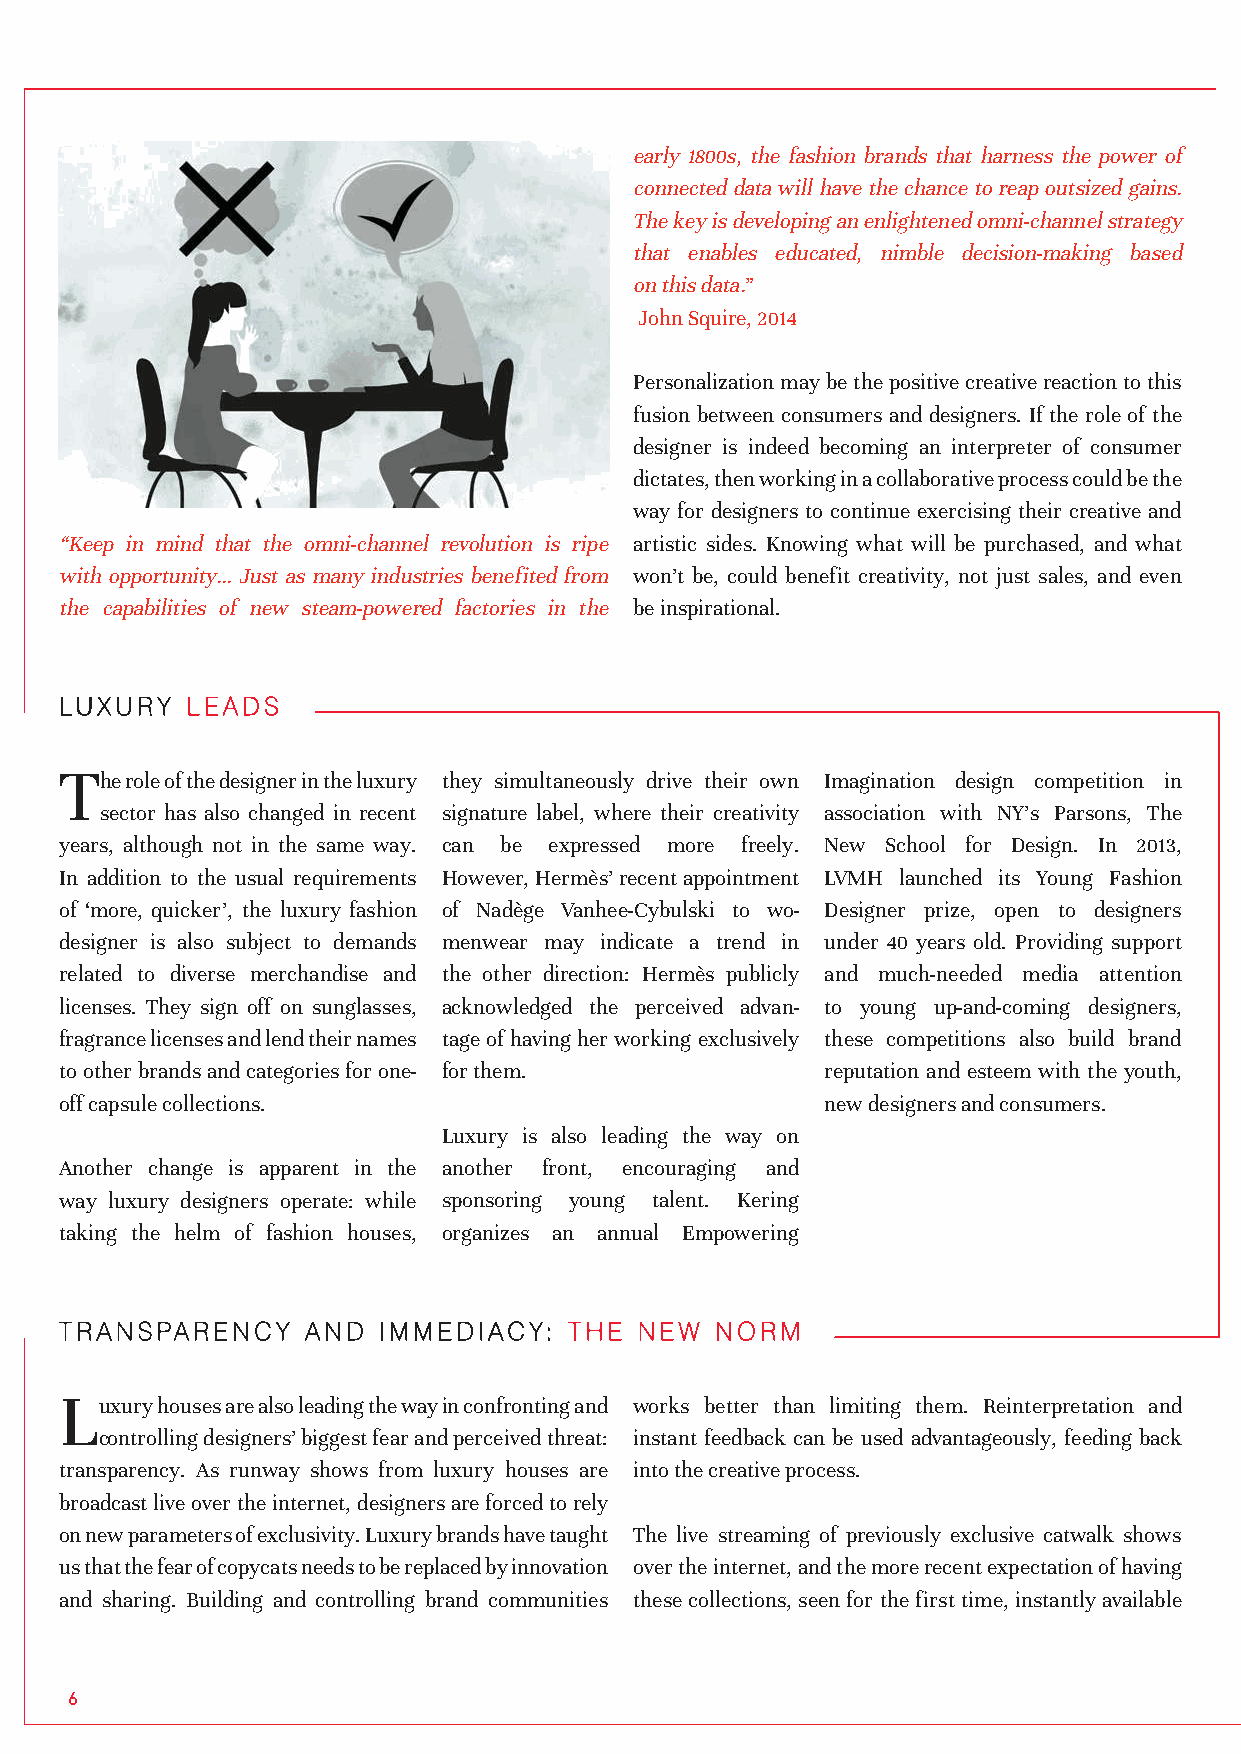
early 1800s, the fashion brands that harness the power of
 connected data will have the chance to reap outsized gains.
 The key is developing an enlightened omni-channel strategy
 that enables educated, nimble decision-making based
 on this data.”
 John Squire, 2014
 Personalization may be the positive creative reaction to this
 fusion between consumers and designers. If the role of the
 designer is indeed becoming an interpreter of consumer
 dictates, then working in a collaborative process could be the
 way for designers to continue exercising their creative and
 “Keep in mind that the omni-channel revolution is ripe artistic sides. Knowing what will be purchased, and what
 with opportunity… Just as many industries benefited from won’t be, could benefit creativity, not just sales, and even
 the capabilities of new steam-powered factories in the be inspirational.
 LUXURY  LEADS
 T
 he role of the designer in the luxury they simultaneously drive their own Imagination design competition in
 sector has also changed in recent signature label, where their creativity association with NY’s Parsons, The
 years, although not in the same way. can be expressed more freely. New School for Design. In 2013,
 In addition to the usual requirements However, Hermès’ recent appointment LVMH launched its Young Fashion
 of ‘more, quicker’, the luxury fashion of Nadège Vanhee-Cybulski to wo- Designer prize, open to designers
 designer is also subject to demands menwear may indicate a trend in under 40 years old. Providing support
 related to diverse merchandise and the other direction: Hermès publicly and much-needed media attention
 licenses. They sign off on sunglasses, acknowledged the perceived advan- to young up-and-coming designers,
 fragrance licenses and lend their names tage of having her working exclusively these competitions also build brand
 to other brands and categories for one- for them.  reputation and esteem with the youth,
 off capsule collections.                           new designers and consumers.
 Luxury is also leading the way on
 Another change is apparent in the another front, encouraging and
 way luxury designers operate: while sponsoring young talent. Kering
 taking the helm of fashion houses, organizes an annual Empowering
 TRANSPARENCY    AND  IMMEDIACY:   THE NEW  NORM
 L
 uxury houses are also leading the way in confronting and works better than limiting them. Reinterpretation and
 controlling designers’ biggest fear and perceived threat: instant feedback can be used advantageously, feeding back
 transparency. As runway shows from luxury houses are into the creative process.
 broadcast live over the internet, designers are forced to rely
 on new parameters of exclusivity. Luxury brands have taught The live streaming of previously exclusive catwalk shows
 us that the fear of copycats needs to be replaced by innovation over the internet, and the more recent expectation of having
 and sharing. Building and controlling brand communities these collections, seen for the first time, instantly available
 6